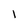
Character: 1